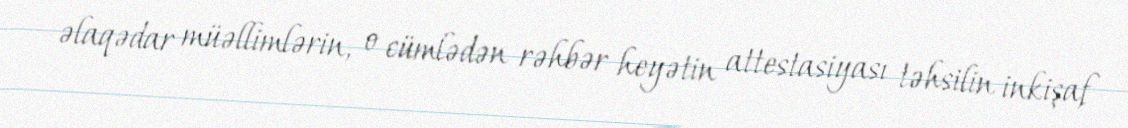
əlaqədar müəllimlərin, o cümlədən rəhbər heyətin attestasiyası təhsilin inkişaf